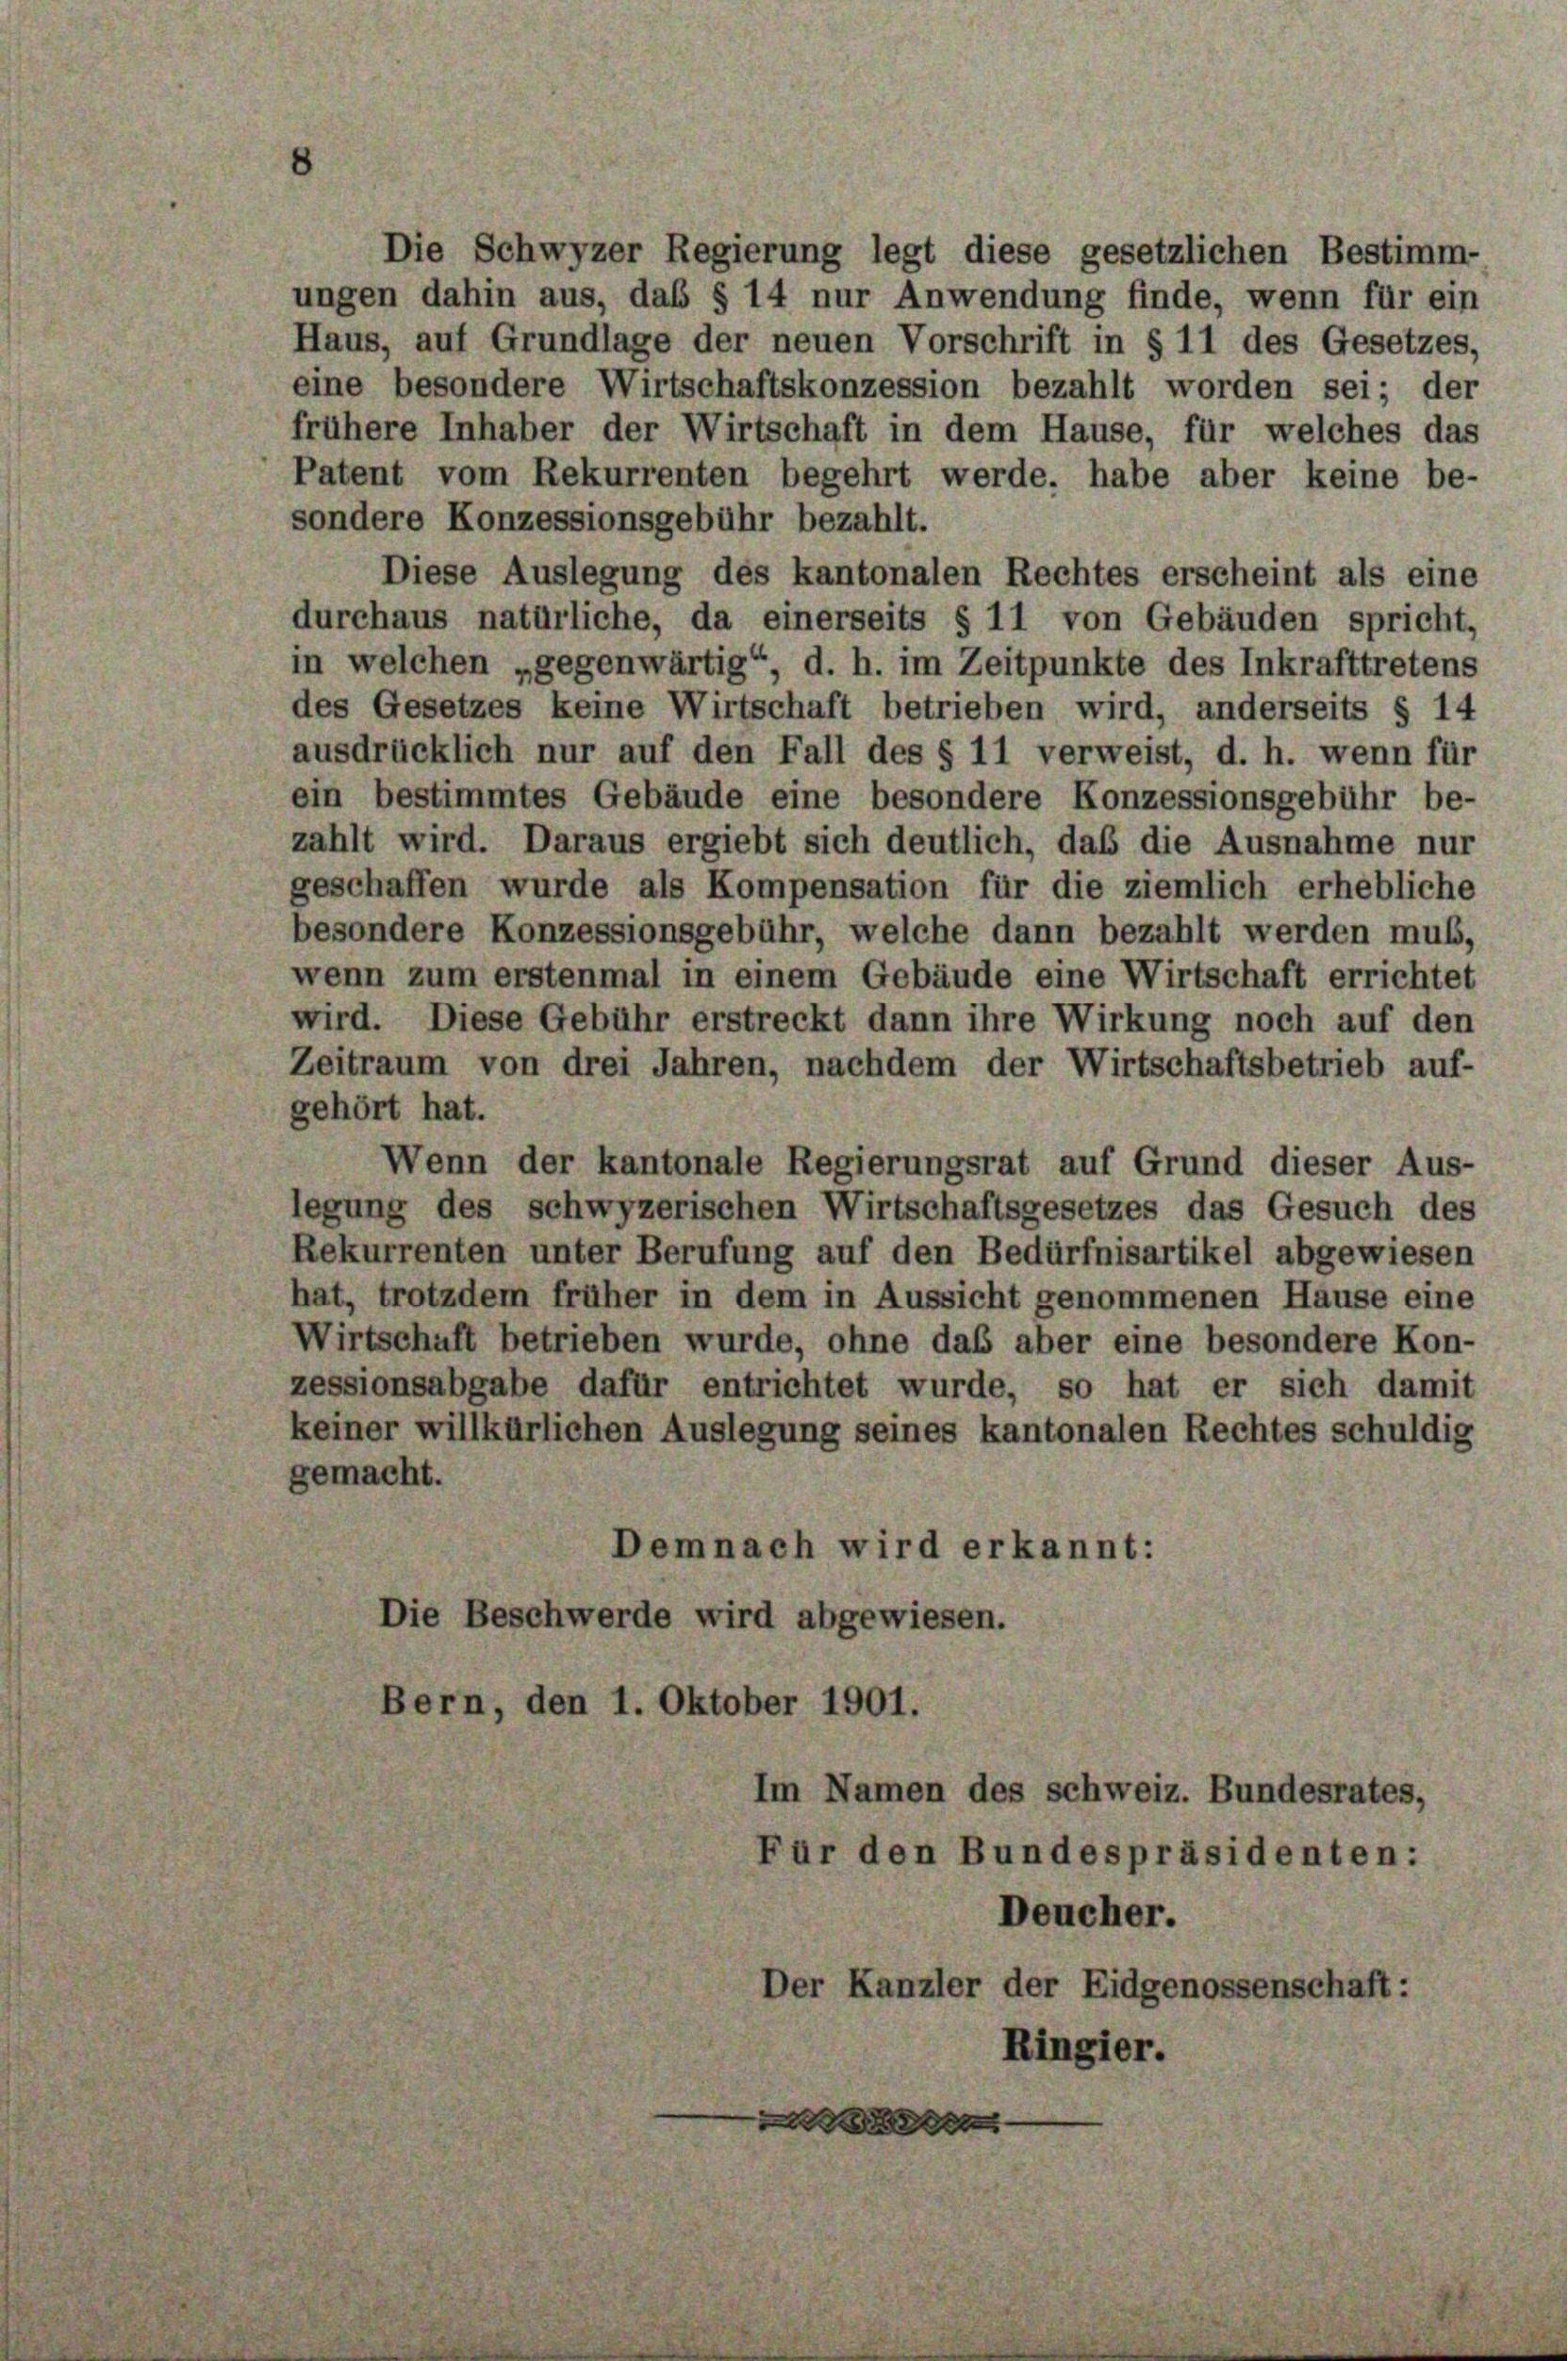
Die Schwyzer Regierung legt diese gesetzlichen Bestimm-
ungen dahin aus, das § 14 nur Anwendung finde, wenn für ein
Haus, auf Grundlage der neuen Vorschrift in § 11 des Gesetzes,
eine besondere Wirtschaftskonzession bezahlt worden sei; der
frühere Inhaber der Wirtschaft in dem Hause, für welches das
Patent vom Rekurrenten begehrt werde, habe aber keine be-
sondere Konzessionsgebühr bezahlt.
Diese Auslegung des kantonalen Rechtes erscheint als eine
durchaus natürliche, da einerseits § 11 von Gebäuden spricht,
in welchen „gegenwärtig“, d. h. im Zeitpunkte des Inkrafttretens
des Gesetzes keine Wirtschaft betrieben wird, anderseits § 14
ausdrücklich nur auf den Fall des § 11 verweist, d. h. wenn für
ein bestimmtes Gebäude eine besondere Konzessionsgebühr be-
zahlt wird. Daraus ergiebt sich deutlich, das die Ausnahme nur
geschaffen wurde als Kompensation für die ziemlich erhebliche
besondere Konzessionsgebühr, welche dann bezahlt werden muß,
wenn zum erstenmal in einem Gebäude eine Wirtschaft errichtet
wird. Diese Gebühr erstreckt dann ihre Wirkung noch auf den
Zeitraum von drei Jahren, nachdem der Wirtschaftsbetrieb auf-
gehört hat.
Wenn der kantonale Regierungsrat auf Grund dieser Aus-
legung des schwyzerischen Wirtschaftsgesetzes das Gesuch des
Rekurrenten unter Berufung auf den Bedürfnisartikel abgewiesen
hat, trotzdem früher in dem in Aussicht genommenen Hause eine
Wirtschaft betrieben wurde, ohne das aber eine besondere Kon-
zessionsabgabe dafür entrichtet wurde, so hat er sich damit
keiner willkürlichen Auslegung seines kantonalen Rechtes schuldig
gemacht.
Demnach wird erkannt:
Die Beschwerde wird abgewiesen.
Bern, den 1. Oktober 1901.
Im Namen des schweiz. Bundesrates,
Für den Bundespräsidenten:
Deucher.
Der Kanzler der Eidgenossenschaft:
Ringier.
e